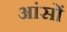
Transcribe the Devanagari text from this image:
आंसों